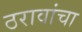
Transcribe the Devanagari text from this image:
ठरावांचा